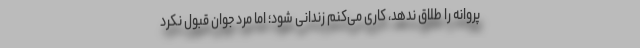
پروانه را طلاق ندهد، کاری می‌کنم زندانی شود؛ اما مرد جوان قبول نکرد